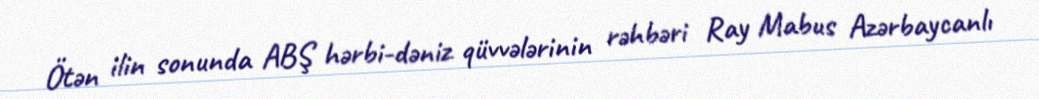
Ötən ilin sonunda ABŞ hərbi-dəniz qüvvələrinin rəhbəri Ray Mabus Azərbaycanlı